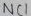
Text: NC1